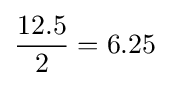
{\frac {12.5}{2}}=6.25